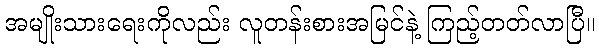
အမျိုးသားရေးကိုလည်း လူတန်းစားအမြင်နဲ့ ကြည့်တတ်လာပြီ။